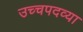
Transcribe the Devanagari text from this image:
उच्चपदव्या